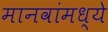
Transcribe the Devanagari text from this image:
मानवांमध्ये